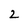
Character: 2